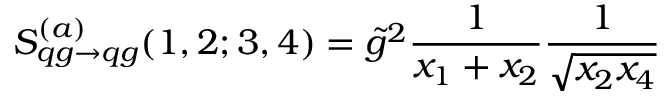
S _ { q g \rightarrow q g } ^ { ( a ) } ( 1 , 2 ; 3 , 4 ) = \tilde { g } ^ { 2 } \frac { 1 } { x _ { 1 } + x _ { 2 } } \frac { 1 } { \sqrt { x _ { 2 } x _ { 4 } } }